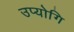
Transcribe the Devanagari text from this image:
उप्योगि